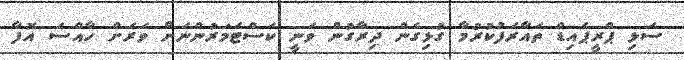
ސަޅި ޕްރީޕެއިޑް ތައާރަފުކުރުމާ ގުޅިގެން ދިރާގުން ވަނީ ކަސްޓަމަރުންނަށް ވަރަށް ހާއްސަ އޮފާ